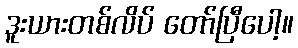
ဒူးယားတစ်လိပ် တော်ပြီပေါ့။